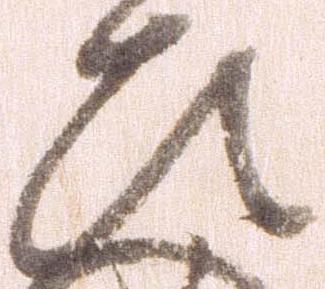
ひ